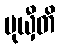
မုယှီတိ